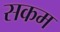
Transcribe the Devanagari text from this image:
सकम